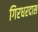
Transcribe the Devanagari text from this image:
गिरधरदास